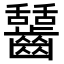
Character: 𪙬